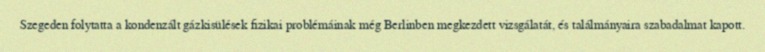
Szegeden folytatta a kondenzált gázkisülések fizikai problémáinak még Berlinben megkezdett vizsgálatát, és találmányaira szabadalmat kapott.